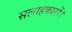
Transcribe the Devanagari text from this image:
सलाहकारों।